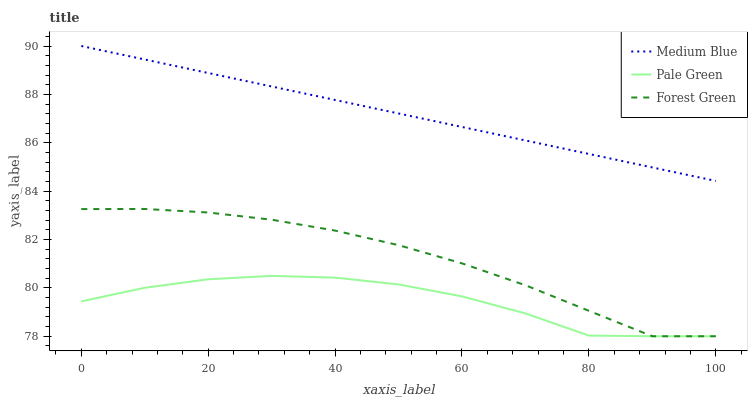
| xaxis_label | Medium Blue | Pale Green | Forest Green |
 | --- | --- | --- | --- |
 | 0 | 90 | 79.4 | 83.3 |
 | 10 | 89.4 | 80 | 83.3 |
 | 20 | 88.9 | 80.4 | 83.1 |
 | 30 | 88.3 | 80.5 | 82.8 |
 | 40 | 87.8 | 80.4 | 82.4 |
 | 50 | 87.2 | 80.1 | 81.8 |
 | 60 | 86.7 | 79.6 | 81 |
 | 70 | 86.1 | 78.9 | 80.1 |
 | 80 | 85.5 | 78 | 79.1 |
 | 90 | 85 | 78 | 78 |
 | 100 | 84.4 | 78 | 78 |